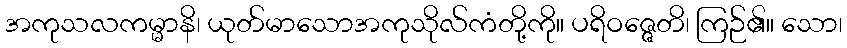
အကုသလကမ္မာနိ၊ ယုတ်မာသောအကုသိုလ်ကံတို့ကို။ ပရိဝဇ္ဇေတိ၊ ကြဉ်၏။ သော၊